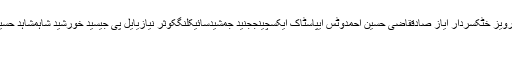
خیبرایجنسیشاہ زیب قتلتحریک انصافمحمد خان جونیجوپرویز خٹکسردار ایاز صادققاضی حسین احمدوٹس ایپاسٹاک ایکسچینججنید جمشیدسائیکلنگکوثر نیازیایل پی جیسیّد خورشید شاہمشاہد حسین سیّدخواجہ شہاب الدینلاہورنیپراعلماعنایت اللہ گنڈاپور
اسلام آباد (اُردو پوائنٹ اخبارتازہ ترین۔